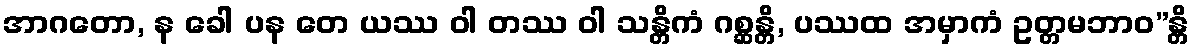
အာဂတော, န ခေါ ပန တေ ယဿ ဝါ တဿ ဝါ သန္တိကံ ဂစ္ဆန္တိ, ပဿထ အမှာကံ ဥတ္တမဘာဝ”န္တိ